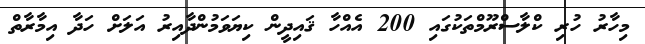
މިހާރު ހުރި ކްލާސްރޫމްތަކުގައި 200 އެއްހާ ޤައިދީން ކިޔަވަމުންދާއިރު އަލަށް ހަދާ އިމާރާތް